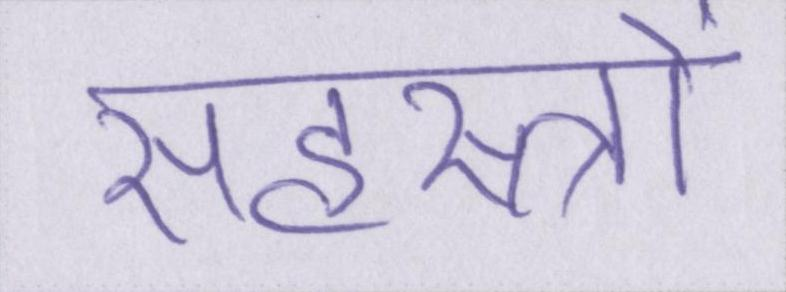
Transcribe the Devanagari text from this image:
सहस्त्रों